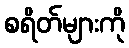
စရိတ်များကို